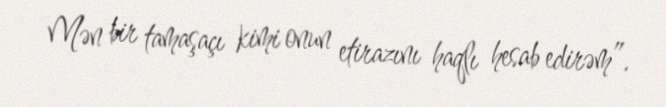
Mən bir tamaşaçı kimi onun etirazını haqlı hesab edirəm”.